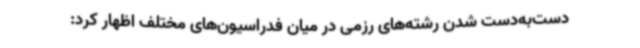
دست‌به‌دست شدن رشته‌های رزمی در میان فدراسیون‌های مختلف اظهار کرد: